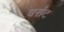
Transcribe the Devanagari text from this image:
वर्संट